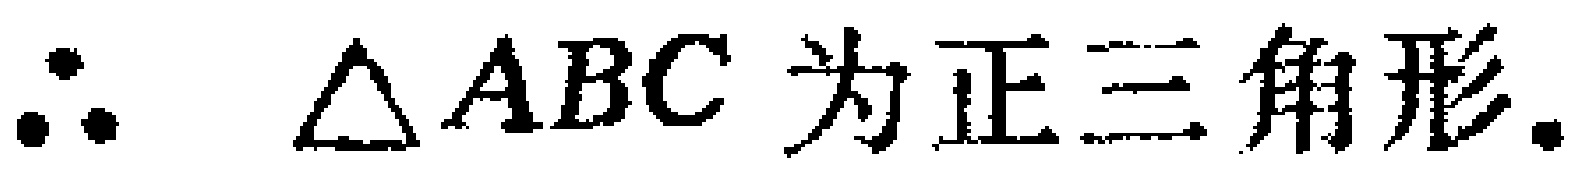
\(\therefore \triangle ABC\text{ 为正三角形.}\)